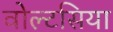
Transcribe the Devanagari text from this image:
वोल्टसिया